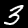
Label: 3